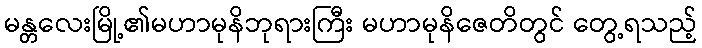
မန္တလေးမြို့၏မဟာမုနိဘုရားကြီး မဟာမုနိဇေတိတွင် တွေ့ရသည့်